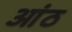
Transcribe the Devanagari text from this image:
आंठ